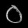
Digit: ၀